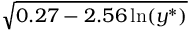
\sqrt { 0 . 2 7 - 2 . 5 6 \ln ( y ^ { \ast } ) }